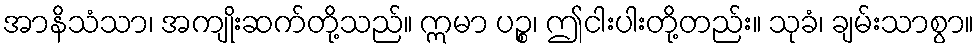
အာနိသံသာ၊ အကျိုးဆက်တို့သည်။ ဣမာ ပဉ္စ၊ ဤငါးပါးတို့တည်း။ သုခံ၊ ချမ်းသာစွာ။